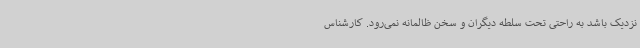
نزدیک باشد به راحتی تحت سلطه دیگران و سخن ظالمانه نمی‌رود. کارشناس